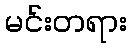
မင်းတရား